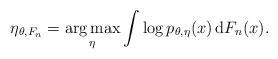
LaTeX: \begin{align*}\eta_{\theta,F_n}=\mathop{\arg\max}_{\eta}\int\log p_{\theta,\eta}(x)\,\mathrm{d}F_n(x).\end{align*}